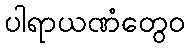
ပါရာယဏံတွေဝ